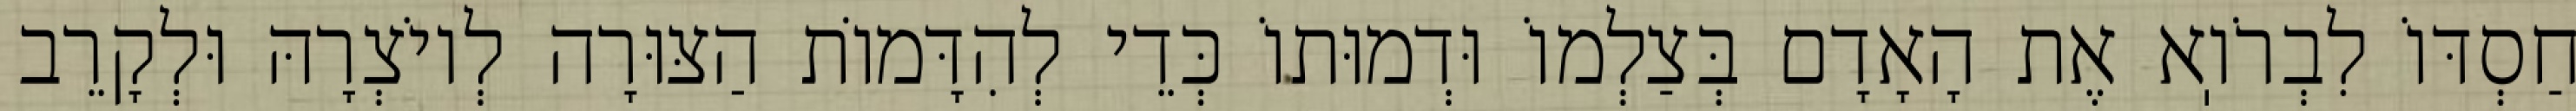
חַסְדּוֹ לִבְרֹוֽא אֶת הָאָדָם בְּצַלְמוֹ וּדְמוּתוֹ כְּדֵי לְהִדָּמוֹת הַצּוּרָה לְיוֹצְרָהּ וּלְקָרֵב